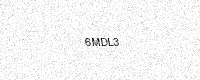
Text: 6MDL3